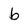
Character: b